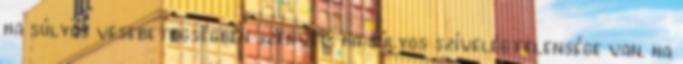
ha súlyos vesebetegségben szenved. ha súlyos szívelégtelensége van. ha